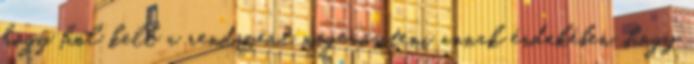
hogy hol kell a rendszert megerősíteni annak érdekében, hogy